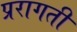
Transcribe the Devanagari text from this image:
प्ररागती